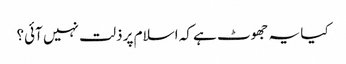
کیا یہ جھوٹ ہے کہ اسلام پر ذلت نہیں آئی؟